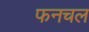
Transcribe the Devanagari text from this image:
फनचल